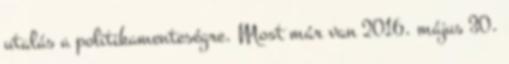
utalás a politikamenteségre. Most már van 2016. május 30.